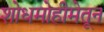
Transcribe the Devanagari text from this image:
शोधमोहीमेतून